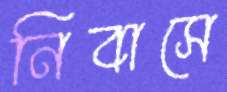
নিবাসে